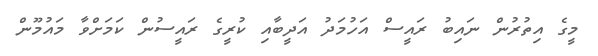
މީގެ އިތުރުން ނައިބު ރައީސް އަހުމަދު އަދީބާއި ކުރީގެ ރައީސުން ކަމަށްވާ މައުމޫން